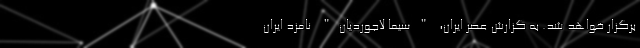
برگزار خواهد شد. به گزارش عصر ایران، "سیما لاجوردیان" نامزد ایران